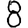
Digit: 8